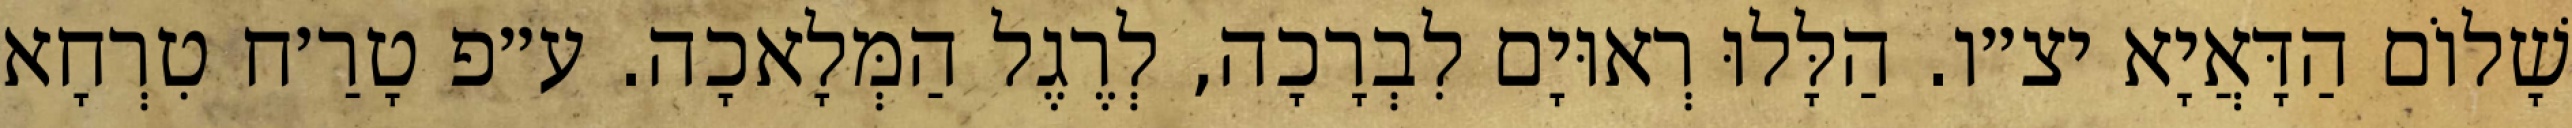
שָׁלוֹם הַדָּאֲיָא יצ״ו. הַלָּלוּ רְאוּיָם לִבְרָכָה, לְרֶגֶל הַמְּלָאכָה. ע״פ טָרַ׳ח טִרְחָא